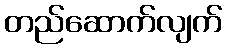
တည်ဆောက်လျက်